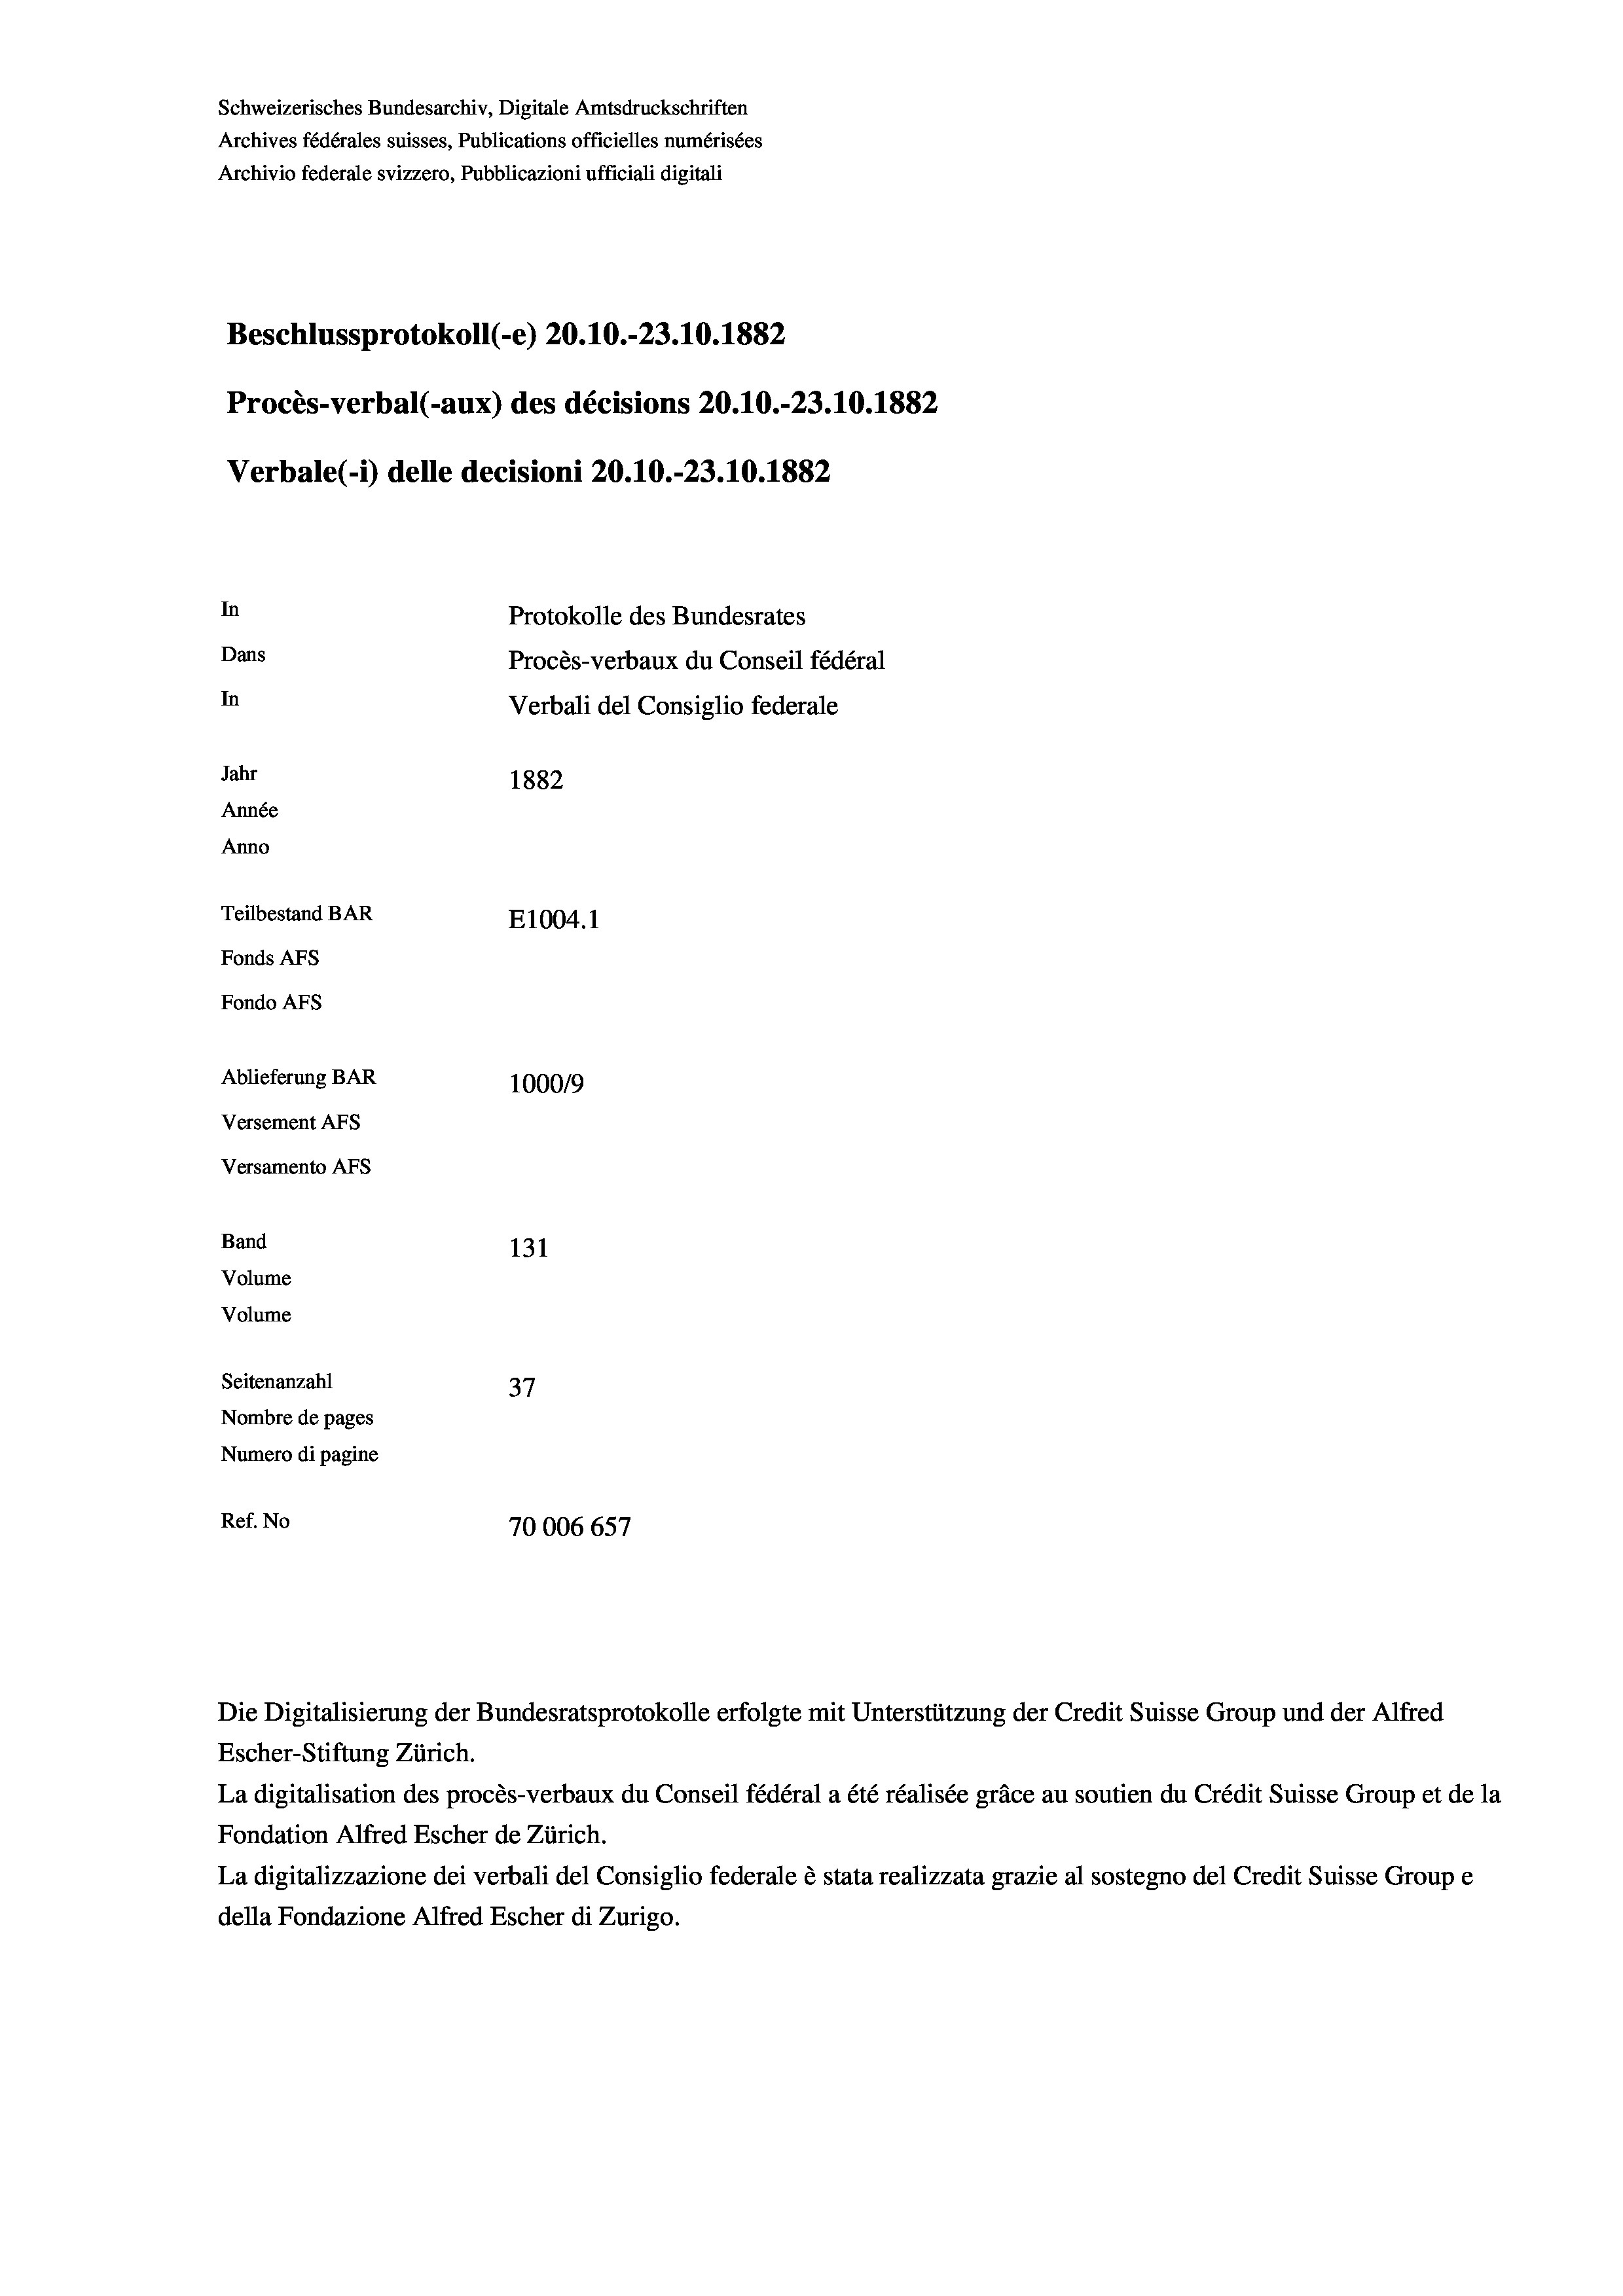
Schweizerisches Bundesarchiv, Digitale Amtsdruckschriften
Archives fédérales suisses, Publications officielles numérisées
Archivio federale svizzero, Pubblicazioni ufficiali digitali
Beschlussprotokoll (-e) 20.10.-23.10.1882
Procès-verbal (-aux) des décisions 20.10.-23.10.1882
Verbale (- 1) delle decisioni 20.10.-23.10.1882
In
Protokolle des Bundesrates
Dans
Procès-verbaux du Conseil fédéral
In
Verbali del Consiglio federale
Jahr
1882
Année
Anno
Teilbestand BAR
E1004.1
Fonds AFs
Fondo AFs
Ablieferung BAR
100019
Versement AFs
Versamento Afs
Band
131
Volume
Volume
Seitenanzahl
37
Nombre de pages
Numero di pagine
Ref. No
70006657

Die Digitalisierung der Bundesratsprotokolle erfolgte mit Unterstützung der Credit Suisse Group und der Alfred
Escher-Stiftung Zürich.
La digitalisation des procès-verbaux du Conseil fédéral a été réalisée gräce au soutien du Crédit Suisse Group et de la
Fondation Alfred Escher de Zürich.
La digitalizzazione dei verbali del Consiglio federale è stata realizzata grazie al sostegno del Credit Suisse Groupe
della Fondazione Alfred Escher di Zurigo.